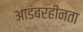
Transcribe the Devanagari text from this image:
आडंबरहीनता